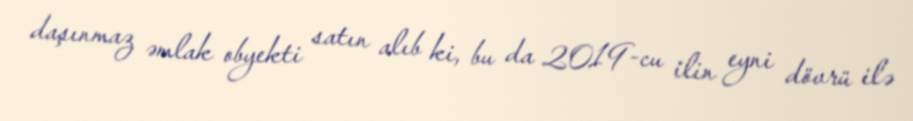
daşınmaz əmlak obyekti satın alıb ki, bu da 2019-cu ilin eyni dövrü ilə